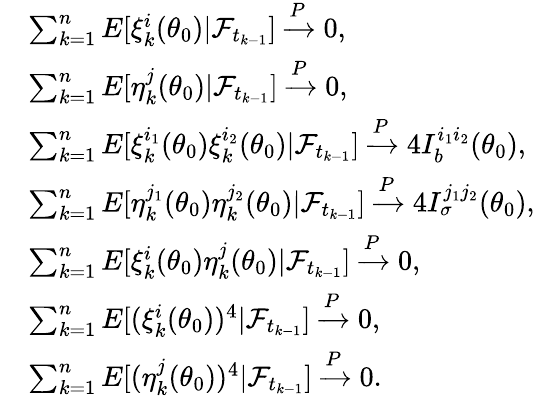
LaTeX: \begin{array}{rl}&{\sum_{k=1}^{n}E[\xi_{k}^{i}(\theta_{0})|\mathcal{F}_{t_{k-1}}]\xrightarrow{P}0,}\\ &{\sum_{k=1}^{n}E[\eta_{k}^{j}(\theta_{0})|\mathcal{F}_{t_{k-1}}]\xrightarrow{P}0,}\\ &{\sum_{k=1}^{n}E[\xi_{k}^{i_{1}}(\theta_{0})\xi_{k}^{i_{2}}(\theta_{0})|\mathcal{F}_{t_{k-1}}]\xrightarrow{P}4I_{b}^{i_{1}i_{2}}(\theta_{0}),}\\ &{\sum_{k=1}^{n}E[\eta_{k}^{j_{1}}(\theta_{0})\eta_{k}^{j_{2}}(\theta_{0})|\mathcal{F}_{t_{k-1}}]\xrightarrow{P}4I_{\sigma}^{j_{1}j_{2}}(\theta_{0}),}\\ &{\sum_{k=1}^{n}E[\xi_{k}^{i}(\theta_{0})\eta_{k}^{j}(\theta_{0})|\mathcal{F}_{t_{k-1}}]\xrightarrow{P}0,}\\ &{\sum_{k=1}^{n}E[(\xi_{k}^{i}(\theta_{0}))^{4}|\mathcal{F}_{t_{k-1}}]\xrightarrow{P}0,}\\ &{\sum_{k=1}^{n}E[(\eta_{k}^{j}(\theta_{0}))^{4}|\mathcal{F}_{t_{k-1}}]\xrightarrow{P}0.}\end{array}